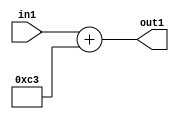
`timescale 1ps / 1ps
/*****************************************************************************
    Verilog RTL Description
    
    
    Created by: Stratus DpOpt 2019.1.01 
*******************************************************************************/

module DC_Filter_Add_12U_18_4 (
	in1,
	out1
	); /* architecture "behavioural" */ 
input [11:0] in1;
output [11:0] out1;
wire [11:0] asc001;

assign asc001 = 
	+(in1)
	+(12'B000011000011);

assign out1 = asc001;
endmodule

/* CADENCE  urn1TQ4= : u9/ySgnWtBlWxVPRXgAZ4Og= ** DO NOT EDIT THIS LINE ******/